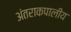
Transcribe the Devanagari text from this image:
अंतराकपालीय